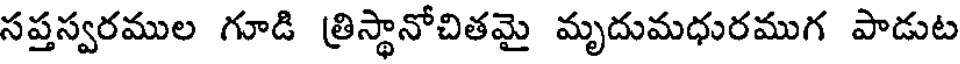
సప్తస్వరముల గూడి త్రిస్థానోచితమై మృదుమధురముగ పాడుట